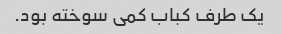
یک طرف کباب کمی سوخته بود.